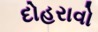
દોહરાવો